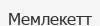
Мемлекетт